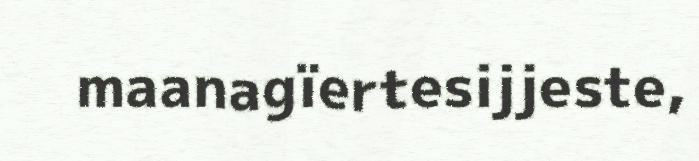
maanagïertesijjeste,